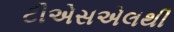
ટીએસએલથી